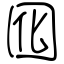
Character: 囮